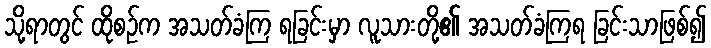
သို့ရာတွင် ထိုစဉ်က အသတ်ခံကြ ရခြင်းမှာ လူသားတို့၏ အသတ်ခံကြရ ခြင်းသာဖြစ်၍